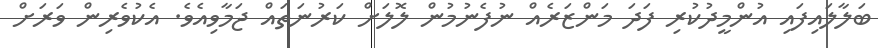
ބަލާލައިފައި އުންމީދުކުރި ފަދަ މަންޒަރެއް ނުފެނުމުން ލޮލަށް ކަރުނަތައް ޖަމާވިއެވެ. އެކުވެރިން ވަރަށް